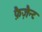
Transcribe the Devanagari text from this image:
फ़ैज़ैन्ट